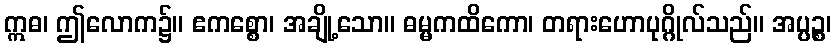
ဣဓ၊ ဤလောက၌။ ဧကစ္စော၊ အချို့သော။ ဓမ္မကထိကော၊ တရားဟောပုဂ္ဂိုလ်သည်။ အပ္ပဉ္စ၊